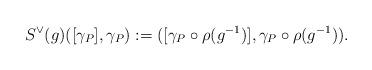
LaTeX: \begin{align*}S^{\vee}(g)([\gamma_P],\gamma_P):=([\gamma_P\circ\rho(g^{-1})], \gamma_P\circ\rho(g^{-1})).\end{align*}